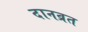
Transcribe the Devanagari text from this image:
दानव्रत